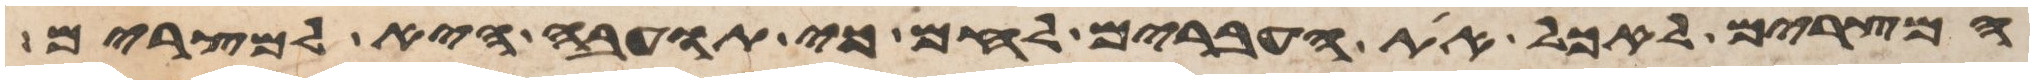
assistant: המצרים לאכל את העברים לחם כי תועבה היא למצרים